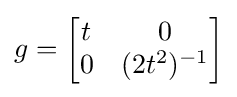
g={\begin{bmatrix}t&0\\0&(2t^{2})^{-1}\end{bmatrix}}